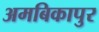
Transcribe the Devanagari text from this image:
अमबिकापुर